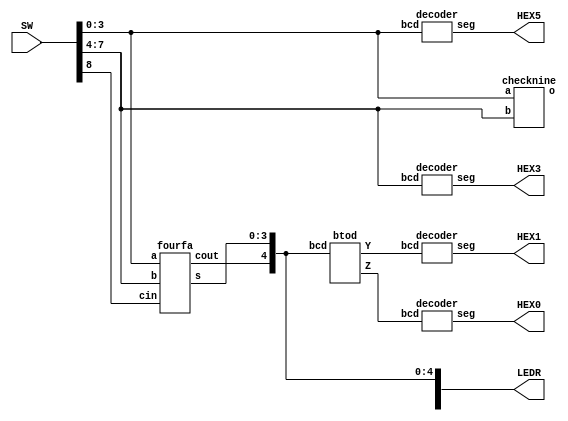
module Part4(SW, LEDR, HEX0, HEX1, HEX3, HEX5);
input [9:0] SW;
output [9:0] LEDR;
output [6:0] HEX0, HEX1, HEX3, HEX5;
wire [3:0] A, B, S, U, V;
wire CIN, COUT, er1;
wire [4:0] bcd;
wire [6:0] X, Y, G, H;

assign A [3:0] = SW[3:0];
assign B [3:0] = SW[7:4];
assign CIN = SW [8];

fourfa ffa1(A, B, CIN, S, COUT);

assign bcd ={COUT, S};
btod btod1(bcd, U, V);

checknine inputs2(A, B, er1); 

decoder d1(U, X);

decoder d2(V, Y);
assign LEDR[3:0] = S;
assign LEDR[4] = COUT;
assign LEDR[9] = er1;
assign HEX0 =Y;
assign HEX1 =X;
decoder input1(A, G);
decoder input2(B, H);
assign HEX5 = G;
assign HEX3 = H;
endmodule

module fourfa(a, b, cin, s, cout);
input [3:0] a, b;
input cin;
output [3:0] s;
output cout;
wire [3:0] carry, sum;

fa fa1(a[0], b[0], cin, sum[0], carry[0]);
fa fa2(a[1], b[1], carry[0], sum[1], carry[1]);
fa fa3(a[2], b[2], carry[1], sum[2], carry[2]);
fa fa4(a[3], b[3], carry[2], sum[3], carry[3]);

assign s [3:0] = sum [3:0];
assign cout = carry[3];


endmodule

module checknine (a, b, o);
input [3:0] a, b;
output o;

//ac + ab
assign o = ((a[3] & a[1]) | (a[3] & a[2])) | ((b[3] & b[1]) | (b[3] & b[2])); 

endmodule
module fa(a,b,cin,s,cout);
input a,b,cin;
output s, cout;

assign s = cin ^ (a ^ b);
assign cout = (a & b) | (cin & (a ^ b));
endmodule 

module btod (bcd, Y , Z);
input [4:0] bcd;
output [3:0] Y, Z;
wire A,B,C,D,E,F;

assign A = 0;
assign B = bcd[4];
assign C = bcd[3];
assign D = bcd[2];
assign E = bcd[1];
assign F = bcd[0];
//Most Significant bit
assign Y[3] = 0;
assign Y[2] = (A & C) | (B & D);
assign Y[1] = (~A & B & D) | (~A & B & C) | (B & C & D) | (A & ~B & ~C);
assign Y[0] = (A & ~B & ~C) | (A & ~C & E) | (A & ~C & D) | (~A & ~B & C & E) | (~A & ~B & C & D) | (~A & C & D & E) | (~A & B & ~C & ~D) | (A & B & C & ~D);
//Least Significant bit
assign Z[3] = (~A & ~B & C & ~D & ~E) | (~A & B & ~C & ~D & E) | (~A & B & C & D & ~E) | (A & ~B & ~C & D & E) | (A & B & ~C & ~D & ~E) | (A & B & C & ~D & E);
assign Z[2] = (~A & ~B & ~C & D) | (~B & C & D & E) | (~A & B & C & ~D) | (B & C & ~D & ~E) | (A & ~B & D & ~E) | (A & ~B & ~C & ~D & E) | (A & B & ~C & D & E) | (~A & B & ~D & ~E);
assign Z[1] = (~A & ~B & ~C & E) | (~A & ~C & D & E) | (A & ~B & ~C & ~E) | (~A & C & D & ~E) | (A & ~B & C & E) | (A & C & D & E) | (~A & ~B & C & D & ~E) | (~A & B & ~C & ~D & ~E) | (~A & B & C & ~D & E) | (A & B & C & ~D & ~E);
assign Z[0] = F; 
endmodule


module mux2to1(I0,I1,S,Y);
input [3:0] I0,I1;
input S;
output [3:0] Y;

assign Y = ({4{~S}}&I0) | ({4{S}}&I1);

endmodule 

module decoder (bcd, seg);

input [3:0] bcd;
assign a = bcd[3];
assign b = bcd[2];
assign c = bcd[1];
assign d = bcd[0];

output [6:0] seg;

assign seg[0] = (b & (~c) & (~d)) | ((~a) & (~b) & (~c) & d); //a
assign seg[1] = (b & (~c) & d) | (b & c & (~d));//b
assign seg[2] = (~b) & (~d) & c;//c
assign seg[3] = (b & ~c & ~d) | (b & c & d) | (~a & ~b & ~c & d);//d
assign seg[4] = (d) | (b & ~c);//e
assign seg[5] = (~b & c) | (c & d) | (~a & ~b & d);//f
assign seg[6] = (~a & ~b & ~c) | (b & c & d);//g


endmodule